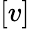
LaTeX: [v]